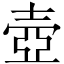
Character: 壺